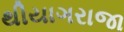
થીયાગરાજા